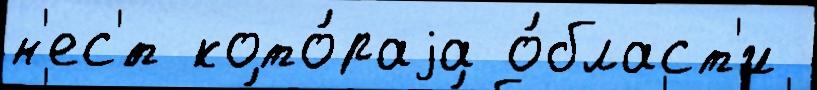
н'ес'́т кото́раjа о́бласт'и